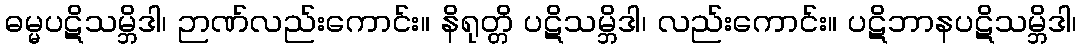
ဓမ္မပဋိသမ္ဘိဒါ၊ ဉာဏ်လည်းကောင်း။ နိရုတ္တိ ပဋိသမ္ဘိဒါ၊ လည်းကောင်း။ ပဋိဘာနပဋိသမ္ဘိဒါ၊